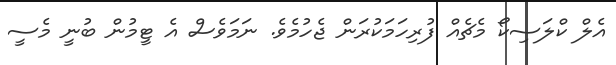
އެލް ކްލަސިކޯ މެޗެއް ފުރިހަމަކުރަން ޖެހުމެވެ. ނަމަވެސް އެ ޓީމުން ބުނީ މެސީ